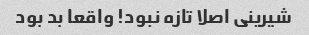
شیرینی اصلا تازه نبود! واقعا بد بود